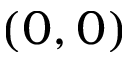
( 0 , 0 )